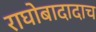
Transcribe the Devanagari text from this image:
राघोबादादाच